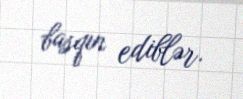
basqın ediblər.